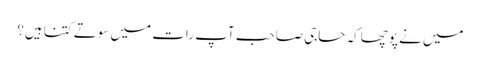
میں نے پوچھاکہ حاجی صاحب آپ رات میں سوتے کتنا ہیں؟